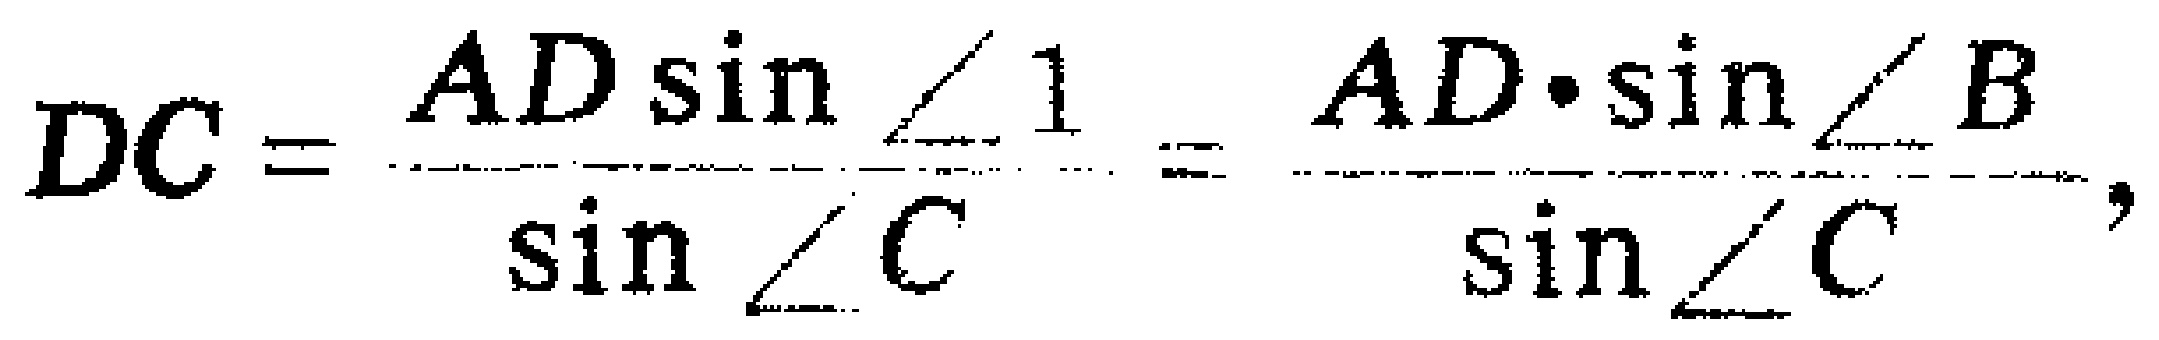
\[DC = \frac{AD\sin\angle 1}{\sin\angle C}=\frac{AD\cdot\sin\angle B}{\sin\angle C},\]